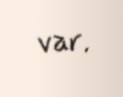
var.